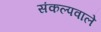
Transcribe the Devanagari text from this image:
संकल्पवाले